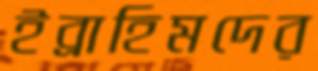
ইব্রাহিমদের